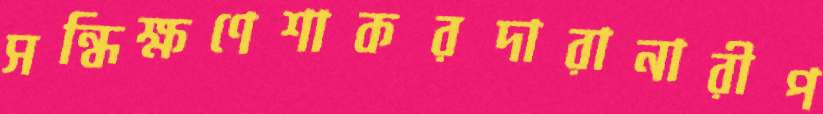
সন্ধিক্ষণেশাকরদারানারীপ